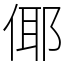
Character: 倻